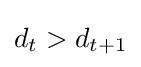
d_{t}>d_{t+1}